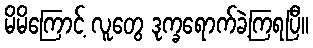
မိမိကြောင့် လူတွေ ဒုက္ခရောက်ခဲ့ကြရပြီ။